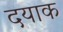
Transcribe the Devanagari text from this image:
दयाक